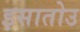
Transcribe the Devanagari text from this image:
इसातोउ